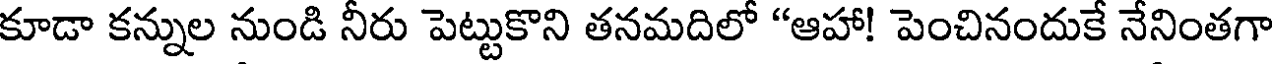
కూడా కన్నుల నుండి నీరు పెట్టుకొని తనమదిలో "ఆహా! పెంచినందుకే నేనింతగా